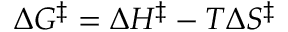
\Delta G ^ { \ddagger } = \Delta H ^ { \ddagger } - T \Delta S ^ { \ddagger }